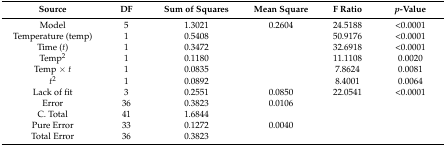
<table><thead><tr><td><b>Source</b></td><td><b>DF</b></td><td><b>Sum of Squares</b></td><td><b>Mean Square</b></td><td><b>F Ratio</b></td><td><b><i>p</i>-Value</b></td></tr></thead><tbody><tr><td>Model</td><td>5</td><td>1.3021</td><td>0.2604</td><td>24.5188</td><td>&lt;0.0001</td></tr><tr><td>Temperature (temp)</td><td>1</td><td>0.5408</td><td></td><td>50.9176</td><td>&lt;0.0001</td></tr><tr><td>Time (<i>t</i>)</td><td>1</td><td>0.3472</td><td></td><td>32.6918</td><td>&lt;0.0001</td></tr><tr><td>Temp<sup>2</sup></td><td>1</td><td>0.1180</td><td></td><td>11.1108</td><td>0.0020</td></tr><tr><td>Temp × <i>t</i></td><td>1</td><td>0.0835</td><td></td><td>7.8624</td><td>0.0081</td></tr><tr><td><i>t</i><sup>2</sup></td><td>1</td><td>0.0892</td><td></td><td>8.4001</td><td>0.0064</td></tr><tr><td>Lack of fit</td><td>3</td><td>0.2551</td><td>0.0850</td><td>22.0541</td><td>&lt;0.0001</td></tr><tr><td>Error</td><td>36</td><td>0.3823</td><td>0.0106</td><td></td><td></td></tr><tr><td>C. Total</td><td>41</td><td>1.6844</td><td></td><td></td><td></td></tr><tr><td>Pure Error</td><td>33</td><td>0.1272</td><td>0.0040</td><td></td><td></td></tr><tr><td>Total Error</td><td>36</td><td>0.3823</td><td></td><td></td><td></td></tr></tbody></table>